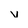
Character: v